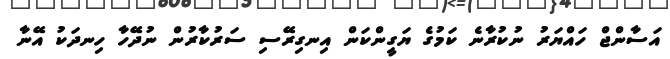
އަސާންޖް ހައްޔަރު ނުކުރާނެ ކަމުގެ ޔަގީންކަން އިނގިރޭސި ސަރުކާރުން ނުދޭހާ ހިނދަކު އޭނާ